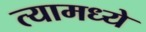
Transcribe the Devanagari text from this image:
त्‍यामध्‍ये